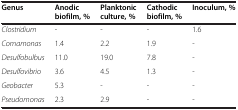
| Genus | Anodic | Planktonic | Cathodic | Inoculum, % |
 |  | biofilm, % | culture, % | biofilm, % |  |
 | --- | --- | --- | --- | --- |
 | Clostridium | - | - | - | 1.6 |
 | Comamonas | 1.4 | 2.2 | 1.9 | - |
 | Desulfobulbus | 11.0 | 19.0 | 7.8 | - |
 | Desulfovibrio | 3.6 | 4.5 | 1.3 | - |
 | Geobacter | 5.3 | - | - | - |
 | Pseudomonas | 2.3 | 2.9 | - | - |